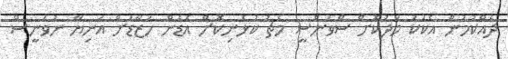
ދެއްކުމުން އެކަކު މަދުކޮށް ސްވަންސީ މެޗު ކުޅެނިކޮށް އެޑެން ހަޒާޑަށް އަނިޔާ ނުވަނީސް